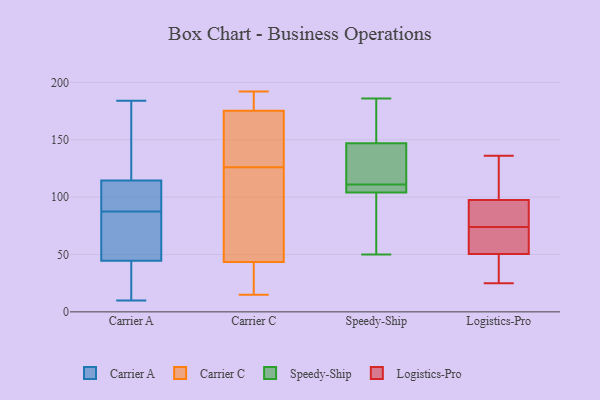
{"axis": {"x": "Backlog", "y": "Value"}, "legend": ["Carrier A", "Carrier C", "Logistics-Pro", "Speedy-Ship"], "data": [{"x": "", "y": 104, "type": "Carrier A"}, {"x": "", "y": 45, "type": "Carrier A"}, {"x": "", "y": 144, "type": "Carrier A"}, {"x": "", "y": 44, "type": "Carrier A"}, {"x": "", "y": 121, "type": "Carrier A"}, {"x": "", "y": 108, "type": "Carrier A"}, {"x": "", "y": 149, "type": "Carrier A"}, {"x": "", "y": 184, "type": "Carrier A"}, {"x": "", "y": 15, "type": "Carrier A"}, {"x": "", "y": 77, "type": "Carrier A"}, {"x": "", "y": 98, "type": "Carrier A"}, {"x": "", "y": 48, "type": "Carrier A"}, {"x": "", "y": 10, "type": "Carrier A"}, {"x": "", "y": 13, "type": "Carrier A"}, {"x": "", "y": 101, "type": "Carrier A"}, {"x": "", "y": 72, "type": "Carrier A"}, {"x": "", "y": 126, "type": "Carrier C"}, {"x": "", "y": 190, "type": "Carrier C"}, {"x": "", "y": 113, "type": "Carrier C"}, {"x": "", "y": 180, "type": "Carrier C"}, {"x": "", "y": 161, "type": "Carrier C"}, {"x": "", "y": 145, "type": "Carrier C"}, {"x": "", "y": 21, "type": "Carrier C"}, {"x": "", "y": 152, "type": "Carrier C"}, {"x": "", "y": 192, "type": "Carrier C"}, {"x": "", "y": 35, "type": "Carrier C"}, {"x": "", "y": 69, "type": "Carrier C"}, {"x": "", "y": 15, "type": "Carrier C"}, {"x": "", "y": 191, "type": "Carrier C"}, {"x": "", "y": 107, "type": "Carrier C"}, {"x": "", "y": 30, "type": "Carrier C"}, {"x": "", "y": 89, "type": "Speedy-Ship"}, {"x": "", "y": 159, "type": "Speedy-Ship"}, {"x": "", "y": 117, "type": "Speedy-Ship"}, {"x": "", "y": 107, "type": "Speedy-Ship"}, {"x": "", "y": 111, "type": "Speedy-Ship"}, {"x": "", "y": 111, "type": "Speedy-Ship"}, {"x": "", "y": 110, "type": "Speedy-Ship"}, {"x": "", "y": 101, "type": "Speedy-Ship"}, {"x": "", "y": 157, "type": "Speedy-Ship"}, {"x": "", "y": 137, "type": "Speedy-Ship"}, {"x": "", "y": 186, "type": "Speedy-Ship"}, {"x": "", "y": 50, "type": "Speedy-Ship"}, {"x": "", "y": 25, "type": "Logistics-Pro"}, {"x": "", "y": 49, "type": "Logistics-Pro"}, {"x": "", "y": 74, "type": "Logistics-Pro"}, {"x": "", "y": 101, "type": "Logistics-Pro"}, {"x": "", "y": 85, "type": "Logistics-Pro"}, {"x": "", "y": 99, "type": "Logistics-Pro"}, {"x": "", "y": 127, "type": "Logistics-Pro"}, {"x": "", "y": 69, "type": "Logistics-Pro"}, {"x": "", "y": 61, "type": "Logistics-Pro"}, {"x": "", "y": 55, "type": "Logistics-Pro"}, {"x": "", "y": 93, "type": "Logistics-Pro"}, {"x": "", "y": 41, "type": "Logistics-Pro"}, {"x": "", "y": 136, "type": "Logistics-Pro"}, {"x": "", "y": 76, "type": "Logistics-Pro"}, {"x": "", "y": 40, "type": "Logistics-Pro"}]}